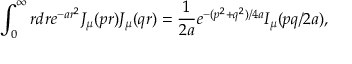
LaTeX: \int _ { 0 } ^ { \infty } { r d r } e ^ { - a r ^ { 2 } } J _ { \mu } ( p r ) J _ { \mu } ( q r ) = { \frac { 1 } { 2 a } } e ^ { - ( p ^ { 2 } + q ^ { 2 } ) / 4 a } I _ { \mu } ( p q / 2 a ) ,